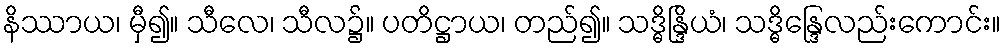
နိဿာယ၊ မှီ၍။ သီလေ၊ သီလ၌။ ပတိဋ္ဌာယ၊ တည်၍။ သဒ္ဓိန္ဒြိယံ၊ သဒ္ဓိန္ဒြေလည်းကောင်း။